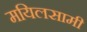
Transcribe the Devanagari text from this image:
मयिलसामी